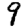
Digit: 9